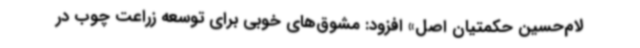
لام‌حسین حکمتیان اصل» افزود: مشوق‌های خوبی برای توسعه زراعت چوب در